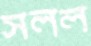
সলল